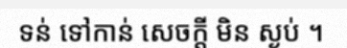
ទន់ ទៅកាន់ សេចក្តី មិន ស្ងប់ ។